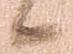
候